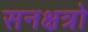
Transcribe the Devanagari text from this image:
सनक्षत्रो